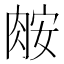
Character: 𦛅